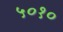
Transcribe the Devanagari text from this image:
५०१०